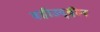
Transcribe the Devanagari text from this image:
वहीउद्दीन